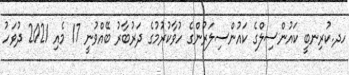
ހދ.ކުރިނބީ ކައުންސިލްގެ ކައުންސިލަރުންގެ ހުވާކުރުމުގެ ދަރުބާރު ބޭއްވުނީ 17 މެއި 2021 ދުވަހު